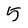
Character: 5